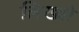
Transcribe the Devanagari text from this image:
लिख्‍यो